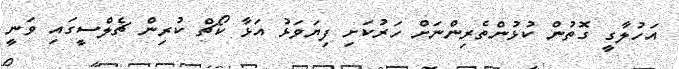
އަހުލާގީ ގޮތުން ކުޅުންތެރިންނަށް ހަރުކަށި ފިޔަވަޅު އަޅާ ކޯޗް ކުރިން ޗެލްސީގައި ވަނީ